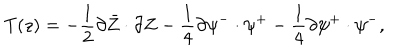
T ( z ) = - \frac { 1 } { 2 } \partial \bar { Z } \cdot \partial Z - \frac { 1 } { 4 } \partial { \psi } ^ { - } \cdot \psi ^ { + } - \frac { 1 } { 4 } \partial \psi ^ { + } \cdot { \psi } ^ { - } , \nonumber